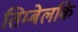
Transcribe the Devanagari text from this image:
तिम्बेर्लाके